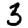
Digit: 3